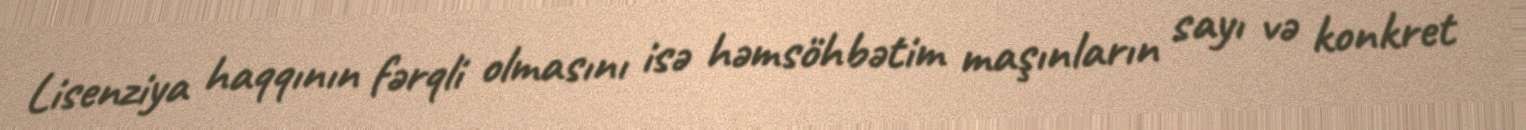
Lisenziya haqqının fərqli olmasını isə həmsöhbətim maşınların sayı və konkret